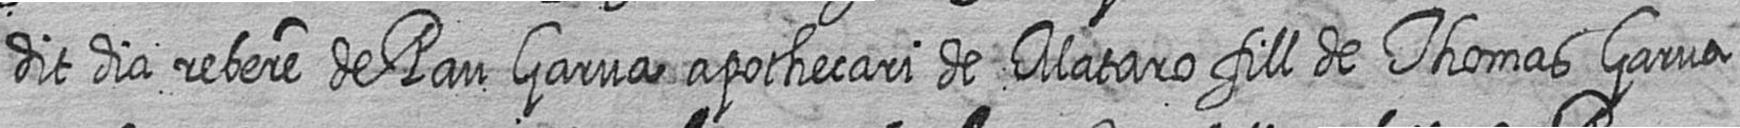
dit dia rebere de Pau Garua apothecari de Mataro fill de Thomas Garua